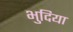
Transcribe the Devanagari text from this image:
भुदिया